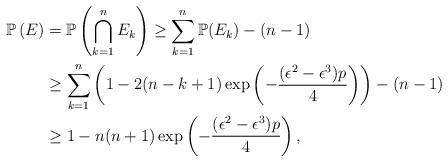
LaTeX: \begin{align*}\mathbb{P} \left( E \right) & = \mathbb{P} \left( \bigcap_{k = 1}^n E_k \right) \ge \sum_{k = 1}^n \mathbb{P}(E_k) - (n - 1) \\& \ge \sum_{k = 1}^n \left( 1 - 2 (n - k + 1) \exp \left( - \frac{ (\epsilon^2 - \epsilon^3) p }{4} \right) \right) - (n - 1) \\& \ge 1 - n (n + 1) \exp \left( - \frac{ (\epsilon^2 - \epsilon^3) p }{4} \right), \end{align*}